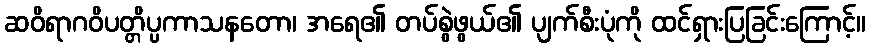
ဆဝိရာဂဝိပတ္တိပ္ပကာသနတော၊ အရေ၏ တပ်စွဲဖွယ်၏ ပျက်စီးပုံကို ထင်ရှားပြခြင်းကြောင့်။